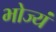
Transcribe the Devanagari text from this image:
भोज्यं